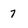
Character: 7